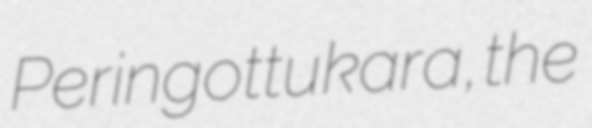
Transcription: Peringottukara, the